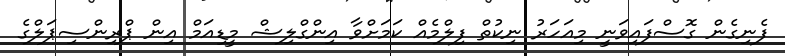
ފެނިގެން ގޮސްފައިވަނީ މިއަހަރު ނިކުތް ފިލްމެއް ކަމަށްވާ އިންގްލިޝް މީޑިއަމް އިން ޕްރިންސިޕަލްގެ